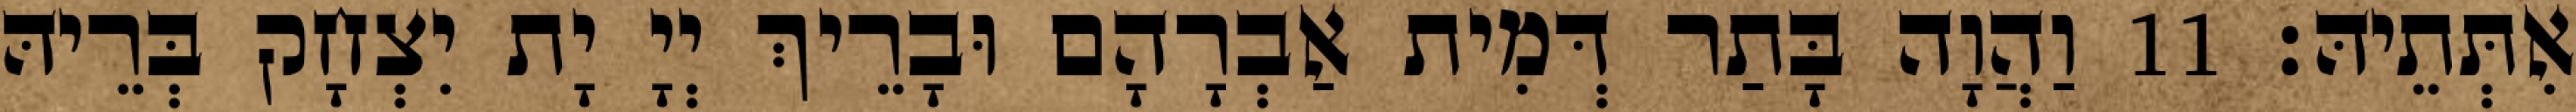
אִתְּתֵיהּ׃ 11 וַהֲוָה בָּתַר דְּמִית אַבְרָהָם וּבָרֵיךְ יְיָ יָת יִצְחָק בְּרֵיהּ